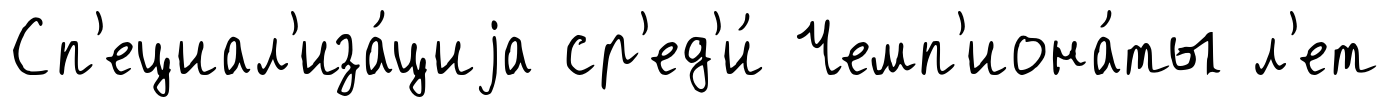
Сп'ециал'иза́циjа ср'ед'и́ Чемп'иона́ты л'ет